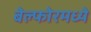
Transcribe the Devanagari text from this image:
बेल्फोरमध्ये